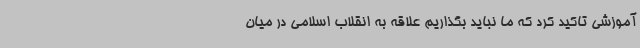
آموزشی تاکید کرد که ما نباید بگذاریم علاقه به انقلاب اسلامی در میان